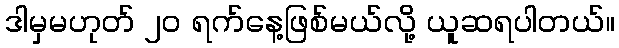
ဒါမှမဟုတ် ၂၀ ရက်နေ့ဖြစ်မယ်လို့ ယူဆရပါတယ်။